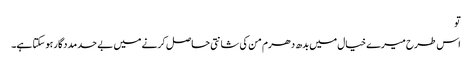
تو
اس طرح میرے خیال میں بدھ دھرم من کی شانتی حاصل کرنے میں بے حد مددگار ہو سکتا ہے۔